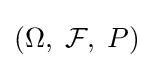
(\Omega ,\;{\mathcal {F}},\;P)